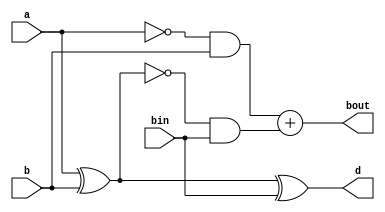
module fullsub(a,b,bin,bout,d);
input a,b,bin;
output bout,d;
assign d=a^b^bin;
assign bout=(~a&b)+(~(a^b)&bin);
endmodule